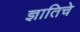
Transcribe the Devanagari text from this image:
ज्ञातिचे